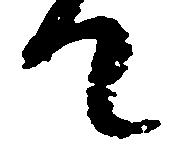
て